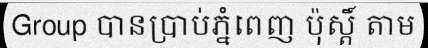
Group បានប្រាប់ភ្នំពេញ ប៉ុស្តិ៍ តាម